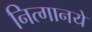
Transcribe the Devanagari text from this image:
नित्‍गानये